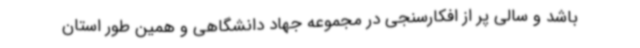
باشد و سالی پر از افکارسنجی در مجموعه جهاد دانشگاهی و همین طور استان